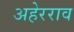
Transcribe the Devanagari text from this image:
अहेरराव